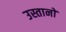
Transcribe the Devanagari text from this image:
उस्तानों